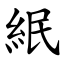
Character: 䋋